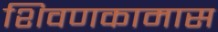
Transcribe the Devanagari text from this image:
शिवणकामास